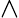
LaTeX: \wedge